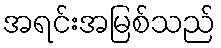
အရင်းအမြစ်သည်